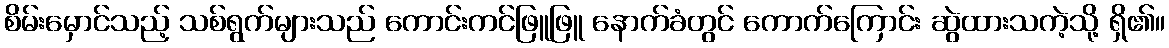
စိမ်းမှောင်သည့် သစ်ရွက်များသည် ကောင်းကင်ဖြူဖြူ နောက်ခံတွင် ကောက်ကြောင်း ဆွဲထားသကဲ့သို့ ရှိ၏။